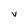
Character: V